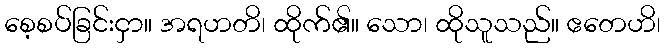
စေ့စပ်ခြင်းငှာ။ အရဟတိ၊ ထိုက်၏။ သော၊ ထိုသူသည်။ ဧတေဟိ၊